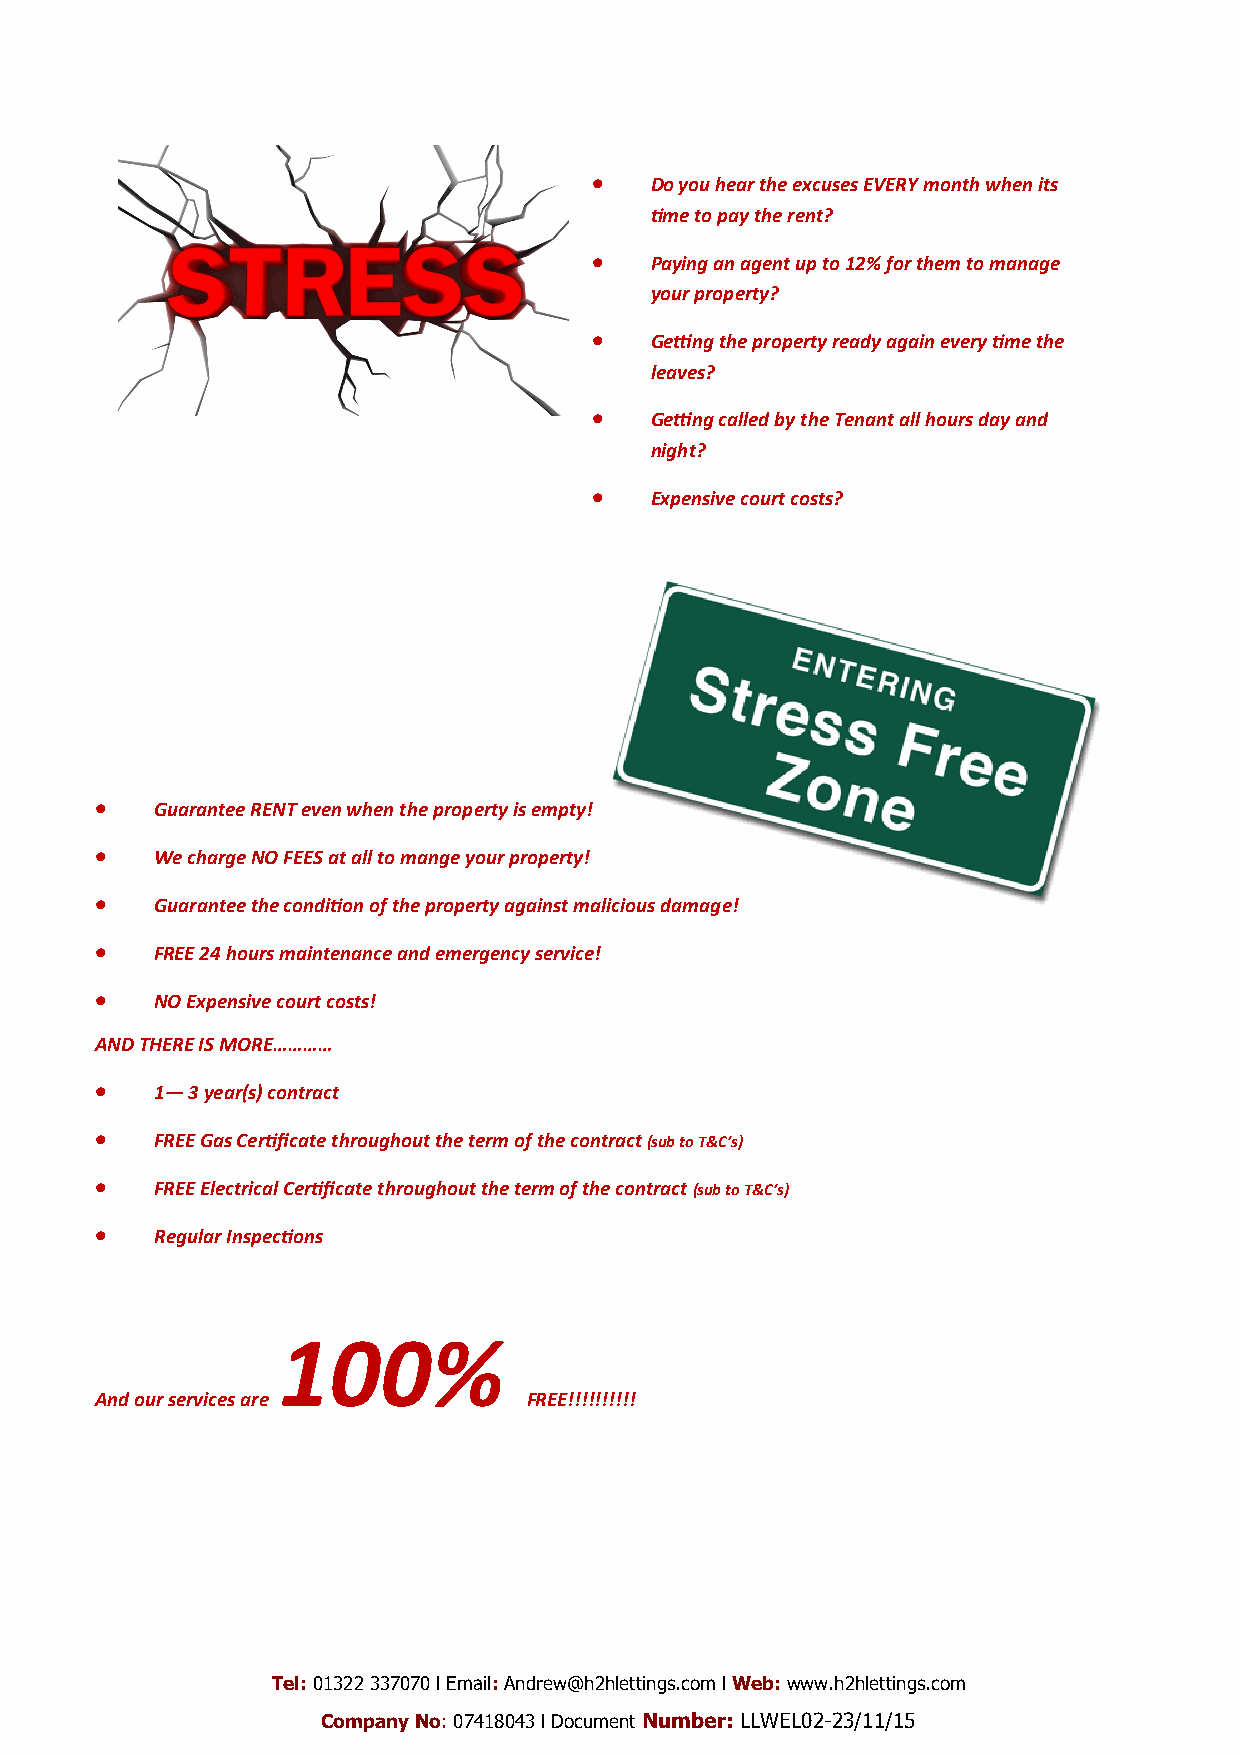
   Do you hear the excuses EVERY month when its
 time to pay the rent?
    Paying an agent up to 12% for them to manage
 your property?
    Getting the property ready again every time the
 leaves?
    Getting called by the Tenant all hours day and
 night?
    Expensive court costs?
    Guarantee RENT even when the property is empty!
    We charge NO FEES at all to mange your property!
    Guarantee the condition of the property against malicious damage!
    FREE 24 hours maintenance and emergency service!
    NO Expensive court costs!
 AND THERE IS MORE…………
    1— 3 year(s) contract
    FREE Gas Certificate throughout the term of the contract (sub to T&C’s)
    FREE Electrical Certificate throughout the term of the contract (sub to T&C’s)
    Regular Inspections
 100%
 And our services are         FREE!!!!!!!!!!
 Tel: 01322 337070 l Email: Andrew@h2hlettings.com l Web: www.h2hlettings.com
 Company No: 07418043 l Document Number: LLWEL02-23/11/15